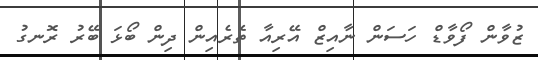
ޒުވާން ފޯވާޑް ހަސަން ނާއިޒް އޭރިއާ ތެރެއިން ދިން ބޯޅަ ބޭރު ރޮނގު